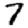
Digit: 7